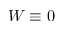
W \equiv 0